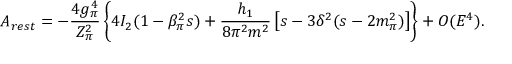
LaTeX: A _ { r e s t } = - \frac { 4 g _ { \pi } ^ { 4 } } { Z _ { \pi } ^ { 2 } } \left\{ 4 I _ { 2 } ( 1 - \beta _ { \pi } ^ { 2 } s ) + \frac { h _ { 1 } } { 8 \pi ^ { 2 } m ^ { 2 } } \left[ s - 3 \delta ^ { 2 } ( s - 2 m _ { \pi } ^ { 2 } ) \right] \right\} + { \cal O } ( E ^ { 4 } ) .